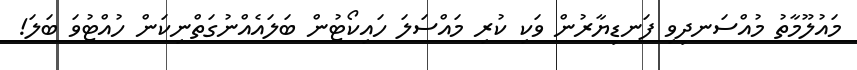
މައުލޫމާތު މުއްސަނދިވި ފަނޑިޔާރުން ވަކި ކުރި މައްސަލަ ހައިކޯޓުން ބަލައެއްނުގަތްނިކަން ހުއްޓުވަ ބަލަ!